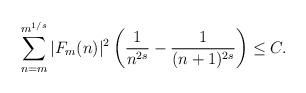
LaTeX: \begin{align*}\sum_{n = m}^{m^{1/s}} |F_m(n)|^2 \left(\frac{1}{n^{2s}}-\frac{1}{(n+1)^{2s}}\right) \leq C.\end{align*}